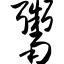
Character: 鬻